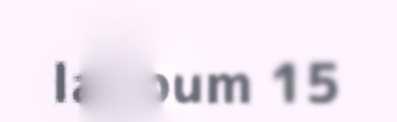
lappum 15